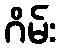
ဂိမ်း